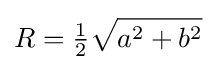
R={\tfrac {1}{2}}{\sqrt {a^{2}+b^{2}}}